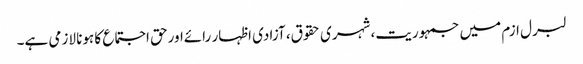
لبرل ازم میں جمہوریت، شہری حقوق، آزادی اظہار رائےاورحق اجتماع کا ہونا لازمی ہے۔